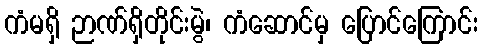
ကံမရှိ ဉာဏ်ရှိတိုင်းမွဲ၊ ကံဆောင်မှ ပြောင်ကြောင်း